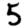
Digit: 5